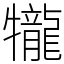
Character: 𤜆